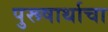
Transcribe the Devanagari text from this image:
पुरूषार्थाचा